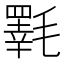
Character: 𱥦